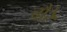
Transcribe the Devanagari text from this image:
बौरे